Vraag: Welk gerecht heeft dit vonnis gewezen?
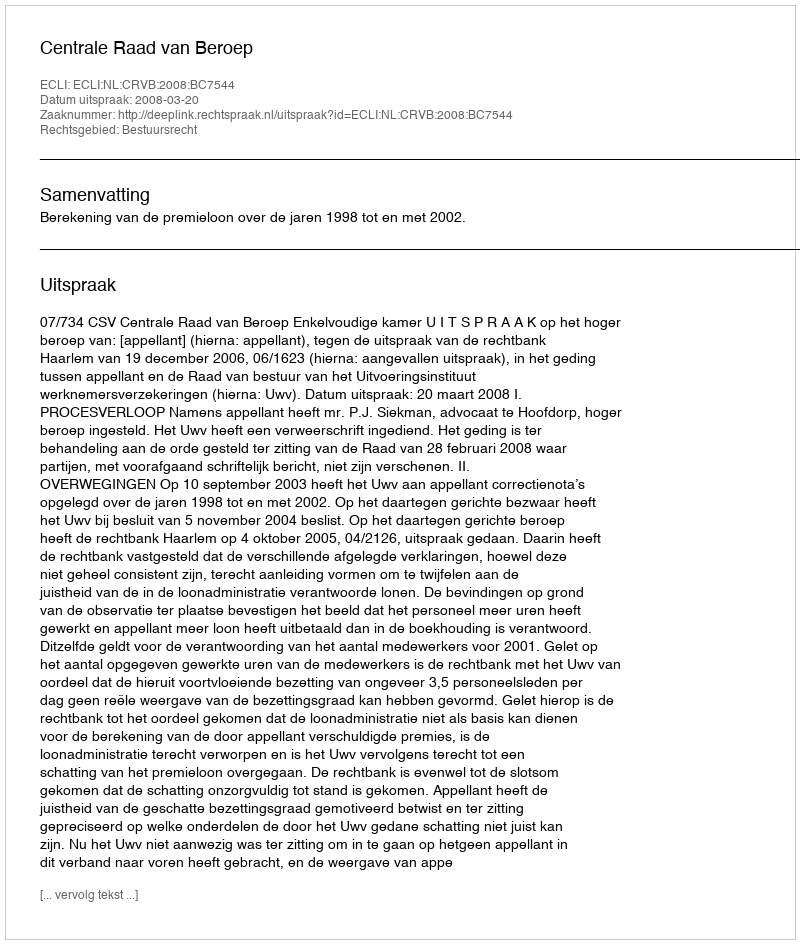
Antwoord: Centrale Raad van Beroep